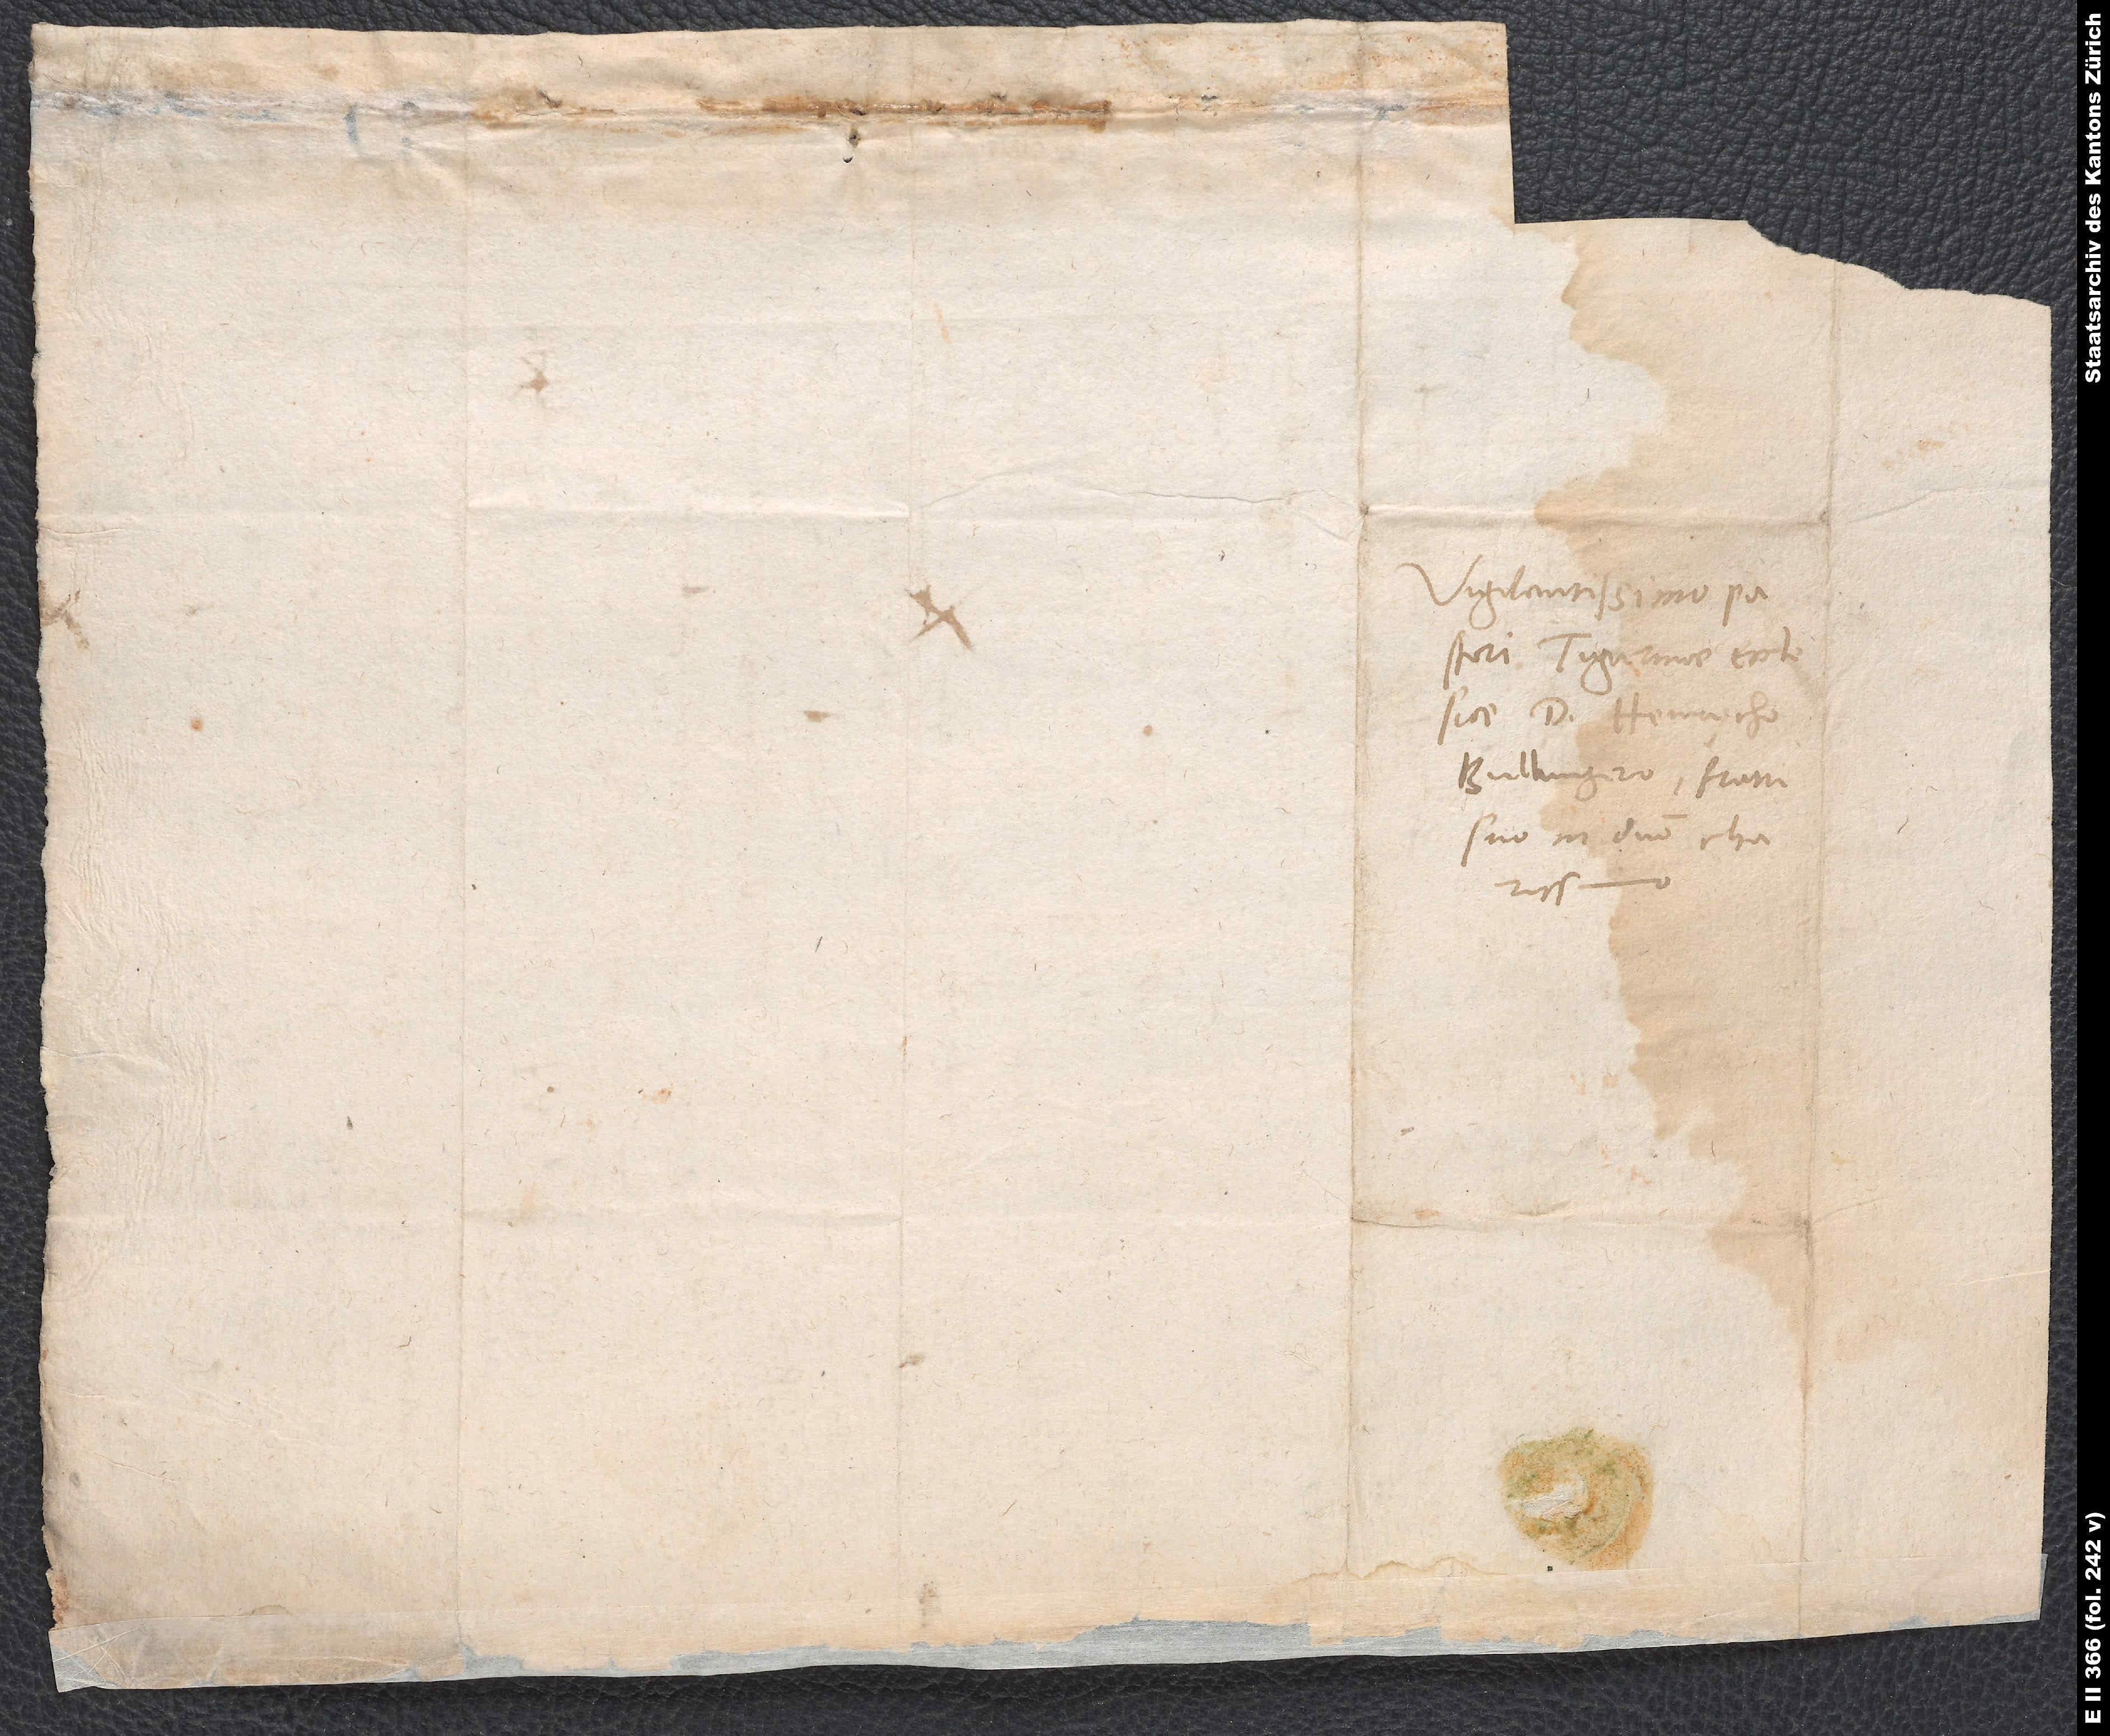
pastori Tigurinae ecclesiae
d. Heinrycho
Bullingero, fratri
suo in domino charissimo.